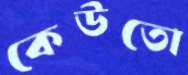
কেউতো